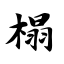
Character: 榻